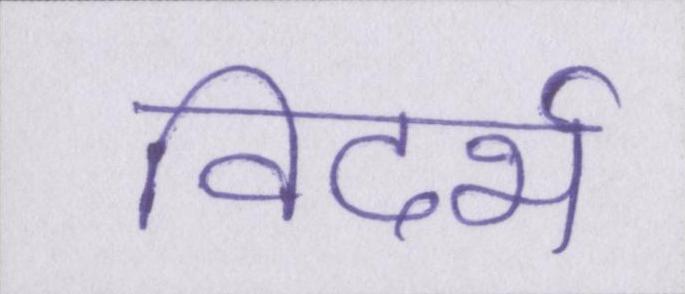
विदर्भ